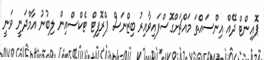
ޕޮއިންޓް ދޭއް އިންސައްތަ މައްޗަށްގޮސްފައިވާއިރު ބިޒްނަސް ޕްރޮފިޓް ޓެކްސްއިން ލިބުނު އާމްދަނީ ވަނީ